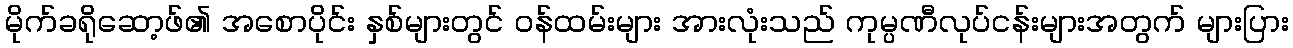
မိုက်ခရိုဆော့ဖ်၏ အစောပိုင်း နှစ်များတွင် ဝန်ထမ်းများ အားလုံးသည် ကုမ္ပဏီလုပ်ငန်းများအတွက် များပြား